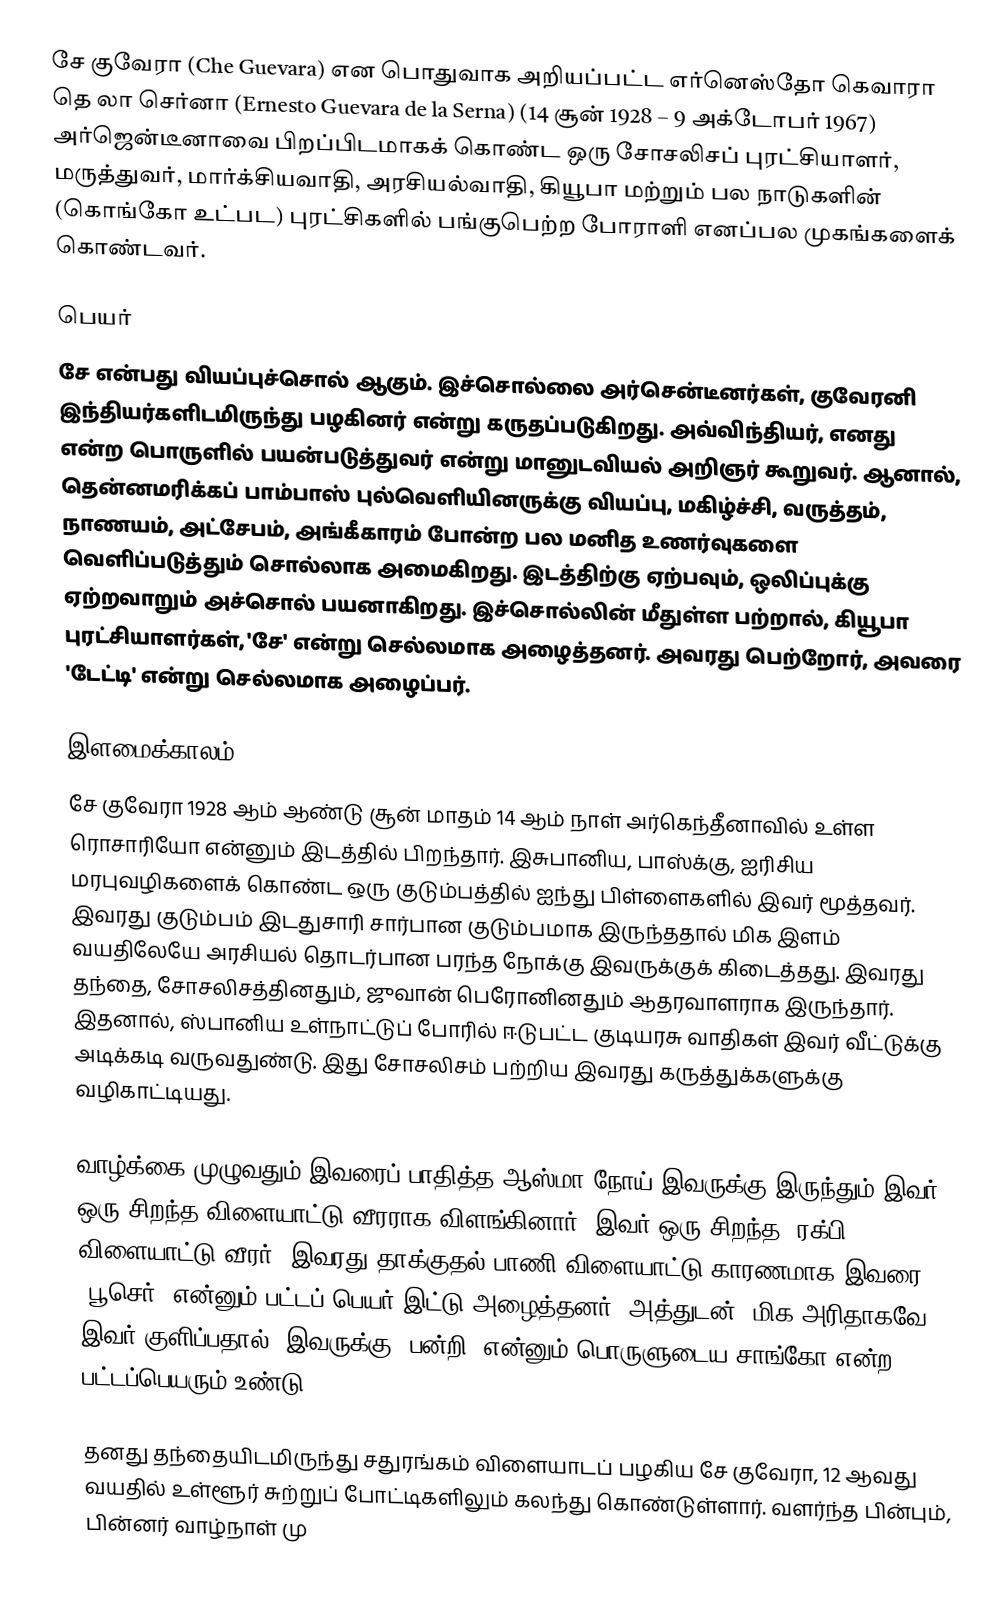
சே குவேரா (Che Guevara) என பொதுவாக அறியப்பட்ட எர்னெஸ்தோ கெவாரா தெ லா செர்னா (Ernesto Guevara de la Serna) (14 சூன் 1928 – 9 அக்டோபர் 1967) அர்ஜென்டீனாவை பிறப்பிடமாகக் கொண்ட ஒரு சோசலிசப் புரட்சியாளர், மருத்துவர், மார்க்சியவாதி, அரசியல்வாதி, கியூபா மற்றும் பல நாடுகளின் (கொங்கோ உட்பட) புரட்சிகளில் பங்குபெற்ற போராளி எனப்பல முகங்களைக் கொண்டவர்.

பெயர்
சே என்பது வியப்புச்சொல் ஆகும். இச்சொல்லை அர்சென்டீனர்கள், குவேரனி இந்தியர்களிடமிருந்து பழகினர் என்று கருதப்படுகிறது. அவ்விந்தியர், எனது என்ற பொருளில் பயன்படுத்துவர் என்று மானுடவியல் அறிஞர் கூறுவர். ஆனால், தென்னமரிக்கப் பாம்பாஸ் புல்வெளியினருக்கு வியப்பு, மகிழ்ச்சி, வருத்தம், நாணயம், அட்சேபம், அங்கீகாரம் போன்ற பல மனித உணர்வுகளை வெளிப்படுத்தும் சொல்லாக அமைகிறது. இடத்திற்கு ஏற்பவும், ஒலிப்புக்கு ஏற்றவாறும் அச்சொல் பயனாகிறது. இச்சொல்லின் மீதுள்ள பற்றால், கியூபா புரட்சியாளர்கள், 'சே' என்று செல்லமாக அழைத்தனர். அவரது பெற்றோர், அவரை 'டேட்டி' என்று செல்லமாக அழைப்பர்.

இளமைக்காலம்
சே குவேரா 1928 ஆம் ஆண்டு சூன் மாதம் 14 ஆம் நாள் அர்கெந்தீனாவில் உள்ள ரொசாரியோ என்னும் இடத்தில் பிறந்தார். இசுபானிய, பாஸ்க்கு, ஐரிசிய மரபுவழிகளைக் கொண்ட ஒரு குடும்பத்தில் ஐந்து பிள்ளைகளில் இவர் மூத்தவர். இவரது குடும்பம் இடதுசாரி சார்பான குடும்பமாக இருந்ததால் மிக இளம் வயதிலேயே அரசியல் தொடர்பான பரந்த நோக்கு இவருக்குக் கிடைத்தது. இவரது தந்தை, சோசலிசத்தினதும், ஜுவான் பெரோனினதும் ஆதரவாளராக இருந்தார். இதனால், ஸ்பானிய உள்நாட்டுப் போரில் ஈடுபட்ட குடியரசு வாதிகள் இவர் வீட்டுக்கு அடிக்கடி வருவதுண்டு. இது சோசலிசம் பற்றிய இவரது கருத்துக்களுக்கு வழிகாட்டியது.

வாழ்க்கை முழுவதும் இவரைப் பாதித்த ஆஸ்மா நோய் இவருக்கு இருந்தும் இவர் ஒரு சிறந்த விளையாட்டு வீரராக விளங்கினார். இவர் ஒரு சிறந்த "ரக்பி" விளையாட்டு வீரர். இவரது தாக்குதல் பாணி விளையாட்டு காரணமாக இவரை "பூசெர்" என்னும் பட்டப் பெயர் இட்டு அழைத்தனர். அத்துடன், மிக அரிதாகவே இவர் குளிப்பதால், இவருக்கு "பன்றி" என்னும் பொருளுடைய சாங்கோ என்ற பட்டப்பெயரும் உண்டு.

தனது தந்தையிடமிருந்து சதுரங்கம் விளையாடப் பழகிய சே குவேரா, 12 ஆவது வயதில் உள்ளூர் சுற்றுப் போட்டிகளிலும் கலந்து கொண்டுள்ளார். வளர்ந்த பின்பும், பின்னர் வாழ்நாள் மு